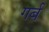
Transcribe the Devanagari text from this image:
गर्ब